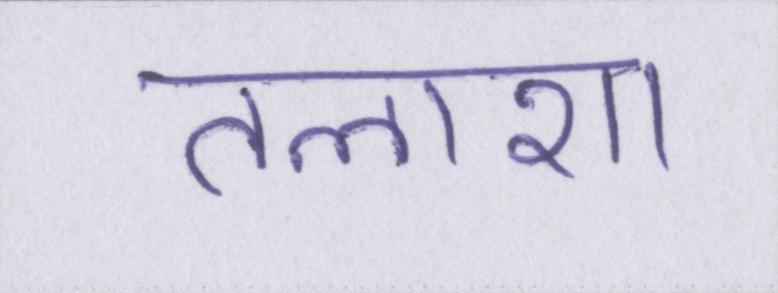
तलाशा